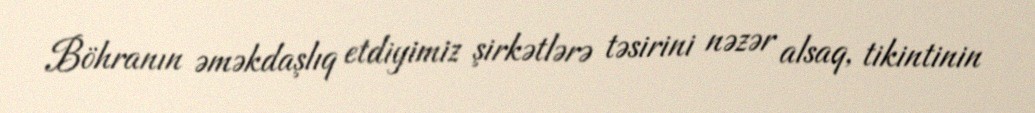
Böhranın əməkdaşlıq etdiyimiz şirkətlərə təsirini nəzər alsaq, tikintinin